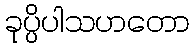
ခုပ္ပိပါသဟတော